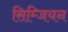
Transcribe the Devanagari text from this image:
सिम्जियन